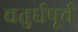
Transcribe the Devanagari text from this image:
चतुर्धपूर्व